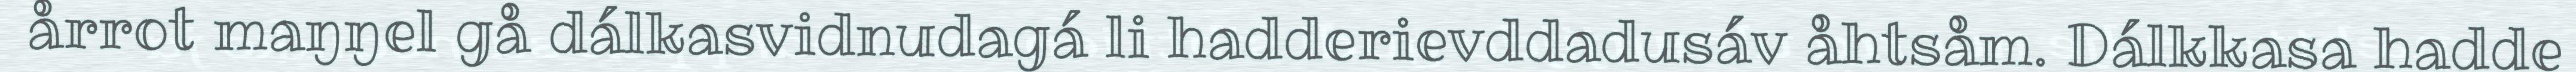
årrot maŋŋel gå dálkasvidnudagá li hadderievddadusáv åhtsåm. Dálkkasa hadde